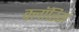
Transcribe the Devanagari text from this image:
क्लॉरिस